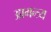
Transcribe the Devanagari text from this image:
आमन्त्र्य